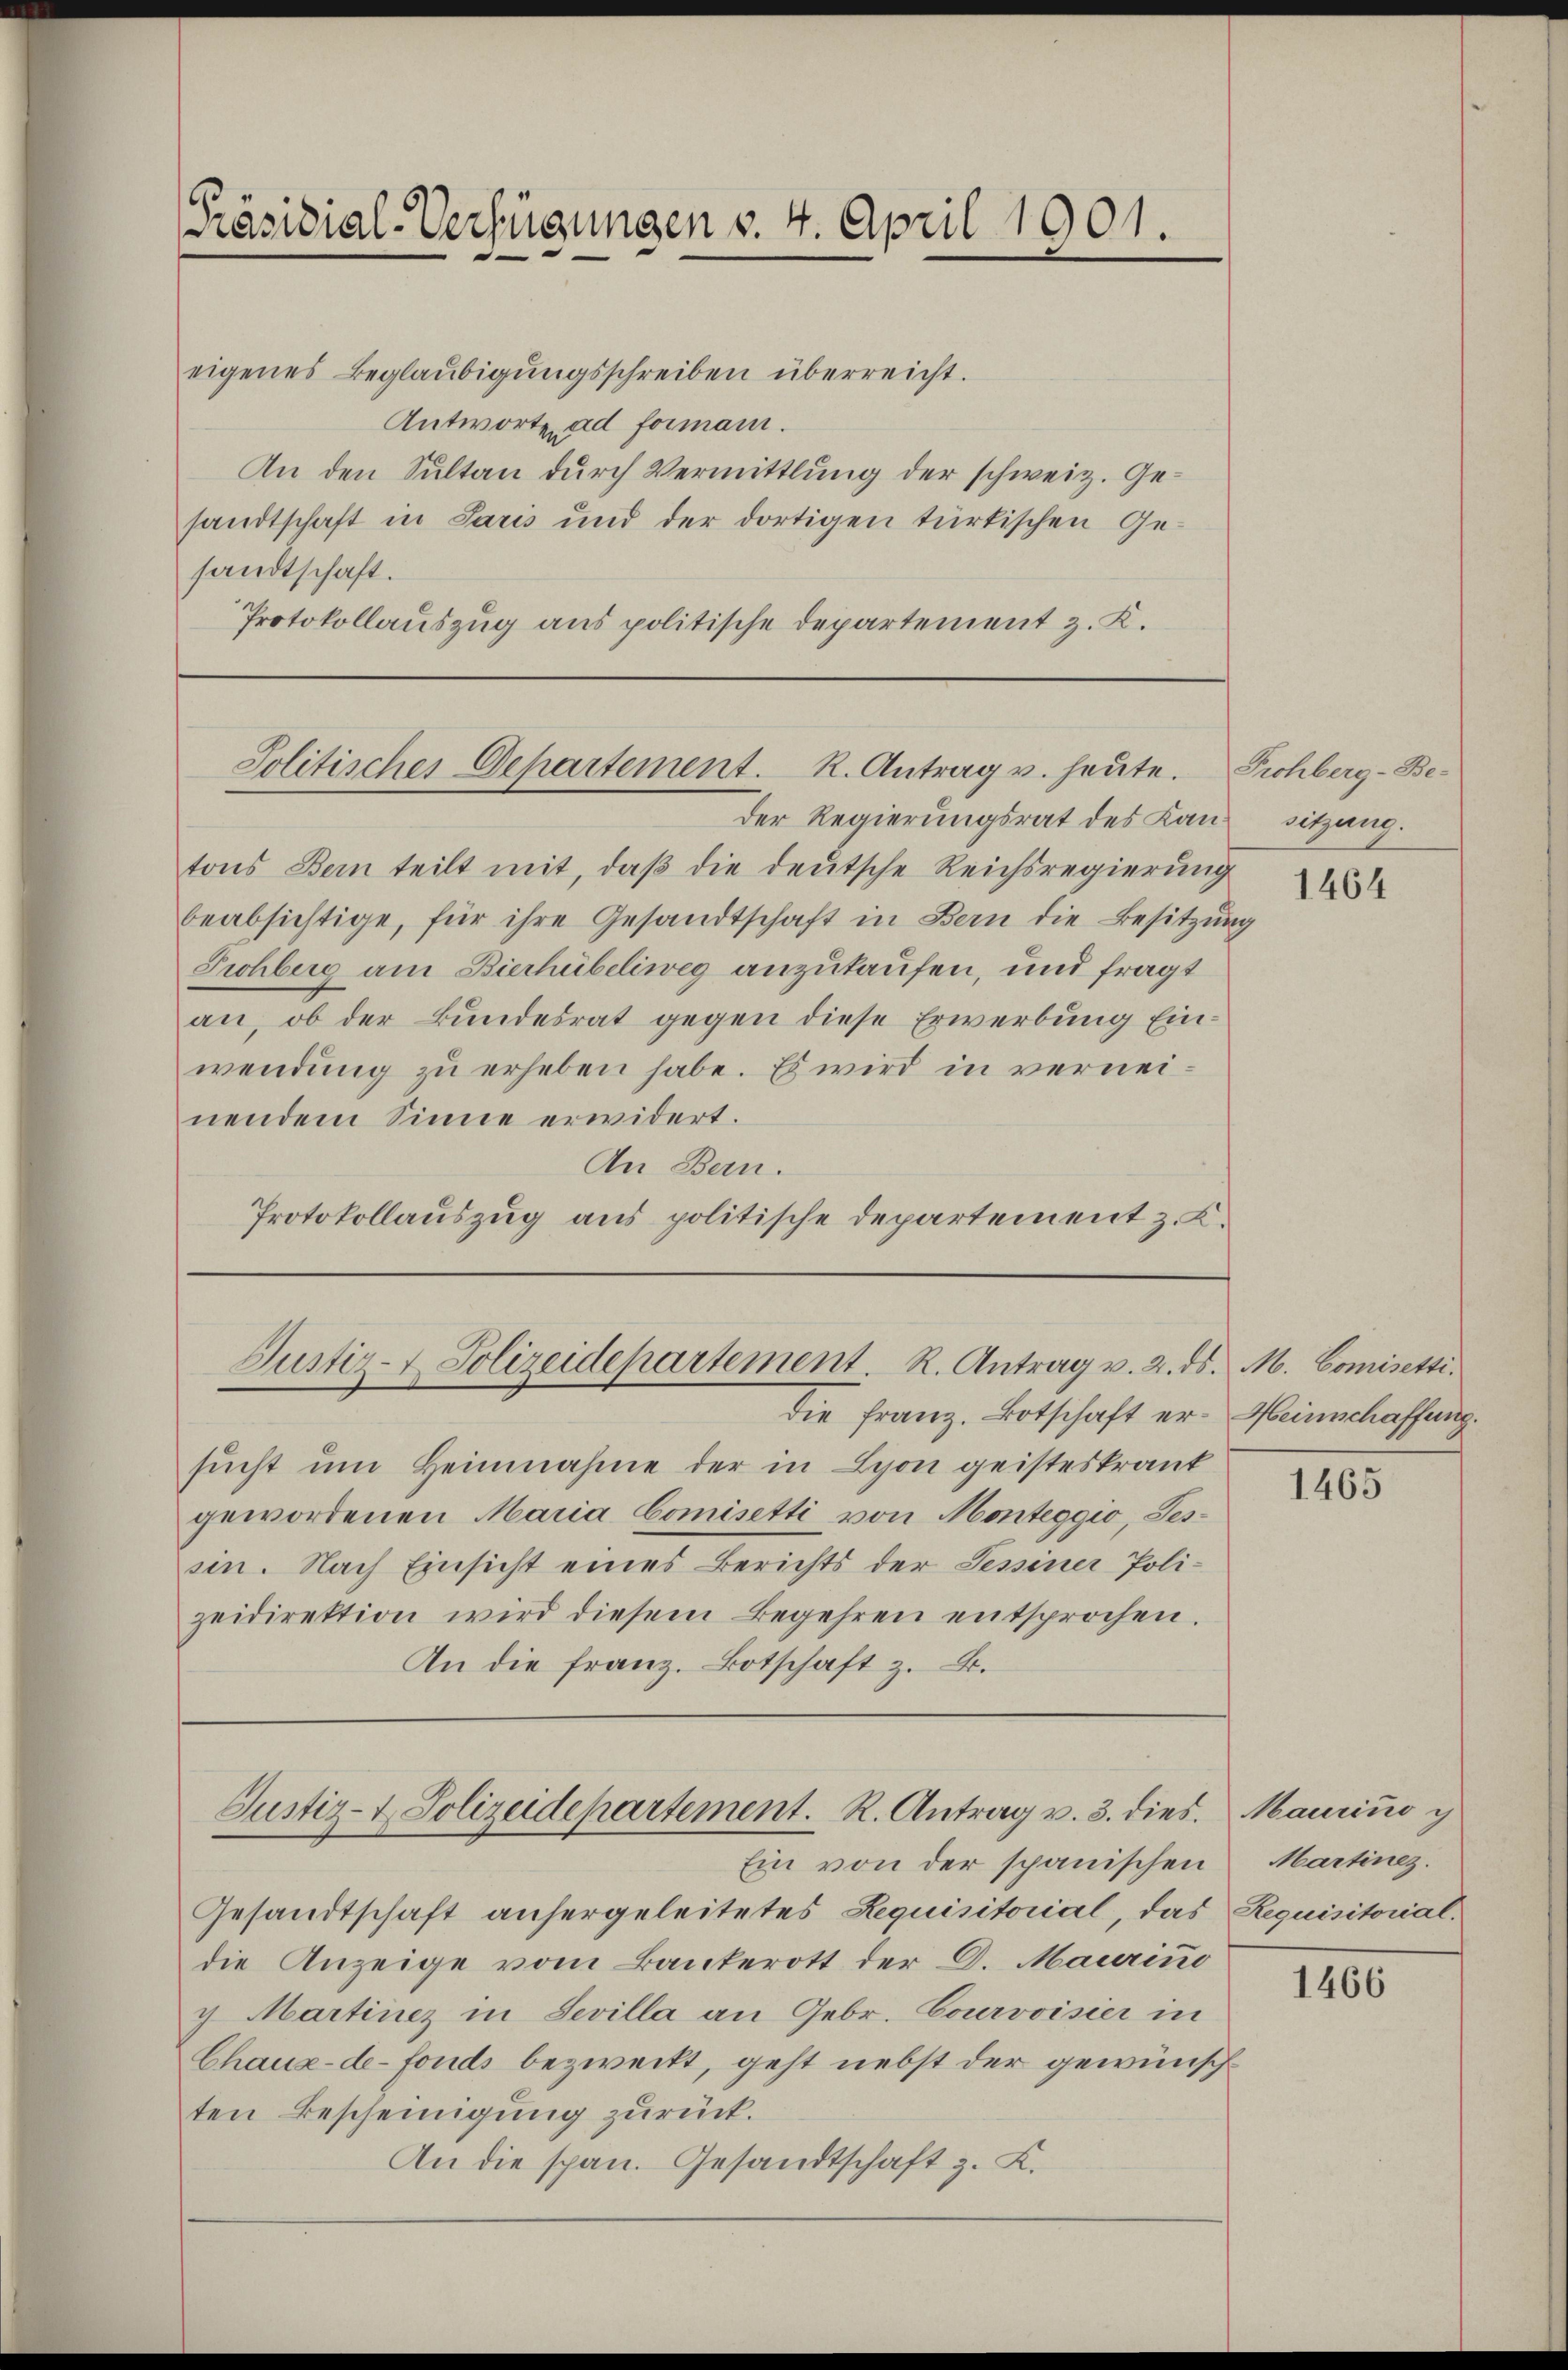
[Präsidial-Verfügungen v. 4. April 1901.

eigenes Beglaŭbigŭngsschreiben überreicht.
Antworte ad formani.
An den Sultan durch Vermittlung der schweiz. Gesandtschaft in Paris und der dortigen türkischen Gesandtschaft.
Protokollauszug aus politische Departement z. K.

Politisches Departement. K. Antrag u. heute.

tons Bern teilt mit, daβ die deutsche Reichsregierung
beabsichtige, für ihre Gesandtschaft in Bern die Besitzung
Tichberg am Bierhübeliweg anzukaufen, und fragt
an, ob der Bundesrat gegen diese Erwerbung Einwendung zu erheben habe. Es wird in verneinendem Sinne erwidert.
An Bern.
Protokollauszug aus politische Departement z. B.

Der Regierungsrat des Kan sitzung.

Justiz- & Polizeidepartement. R. Antrag v. 2. ds. M. Comisetti.
die Franz. Botschaft er-Heimschaffung.

Justiz- & Polizeidepartement. R. Antrag v. 3. dies. Maurino i

sucht um Heinnahme der in Lyon geisteskrant
gewordenen Maria Comisetti von Monteggio, Tes-
sin. Nach Einsicht eines Berichts der Sessiner Poli-
zeidirektion wird diesem Begehren entsprochen.
An die franz. Botschaft z. B.

Ein von der spanischen

Gesandtschaft anhergeleitetes Requisitorial, das Requisitorial-
die Anzeige vom Bankerott der D. Maurino
g Martinez in Sevilla an Gebr. Courvoisier in
Chaux-de-Fonds bezweckt, geht nebst der gewünsch
ten Bescheinigung zurück.
An die span. Gesandtschaft z. K.

Tichberg-Be¬
1464

1465

Martinez.

1466